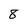
Character: 8